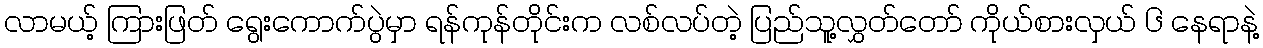
လာမယ့် ကြားဖြတ် ရွေးကောက်ပွဲမှာ ရန်ကုန်တိုင်းက လစ်လပ်တဲ့ ပြည်သူ့လွှတ်တော် ကိုယ်စားလှယ် ၆ နေရာနဲ့